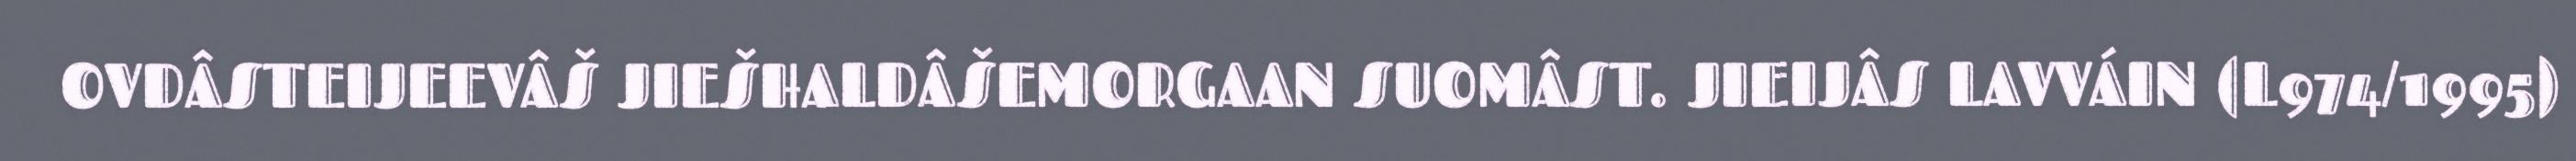
OVDÂSTEIJEEVÂŠ JIEŠHALDÂŠEMORGAAN SUOMÂST. JIEIJÂS LAVVÁIN (L974/1995)